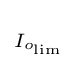
\scriptstyle I_{o_{\text{lim}}}